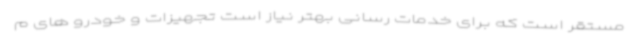
مستقر است که برای خدمات رسانی بهتر نیاز است تجهیزات و خودرو های م